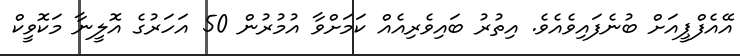
އޭއެފްޕީއަށް ބުނެފައިވެއެވެ. އިތުރު ބައިވެރިއެއް ކަމަށްވާ އުމުރުން 50 އަހަރުގެ އޮލީނާ މަކޮވީކް